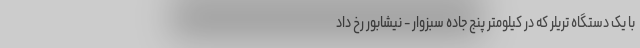
با یک دستگاه تریلر که در کیلومتر پنج جاده سبزوار - نیشابور رخ داد